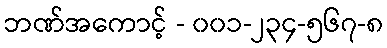
ဘဏ်အကောင့် - ၀၀၁-၂၃၄-၅၆၇-၈